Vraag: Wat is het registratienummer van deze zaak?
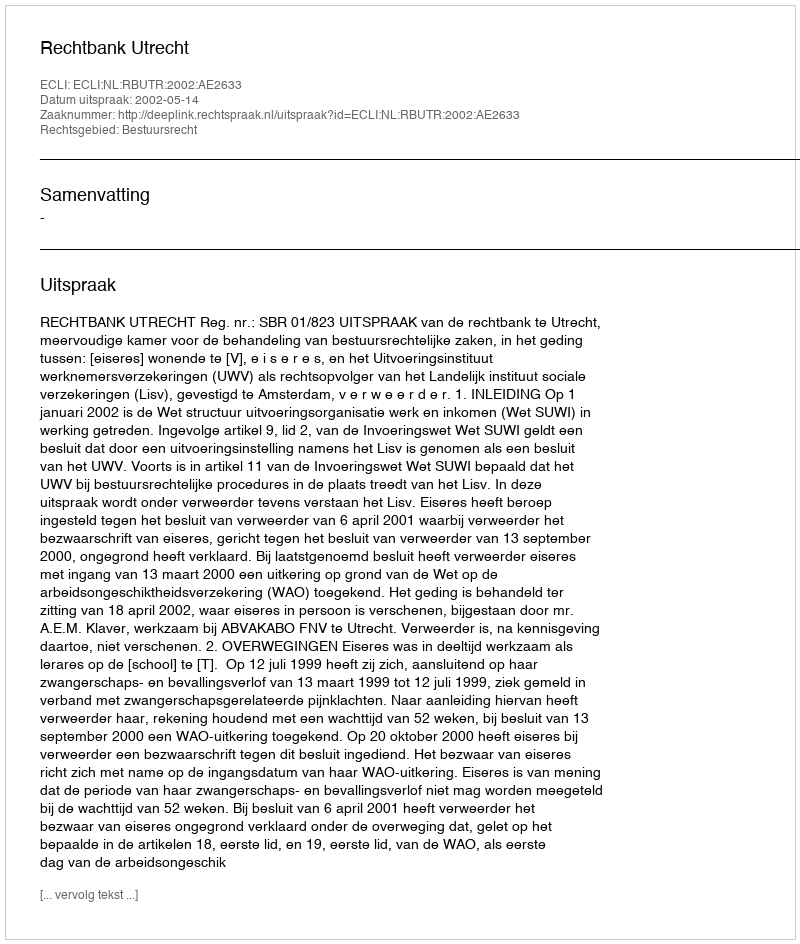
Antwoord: http://deeplink.rechtspraak.nl/uitspraak?id=ECLI:NL:RBUTR:2002:AE2633